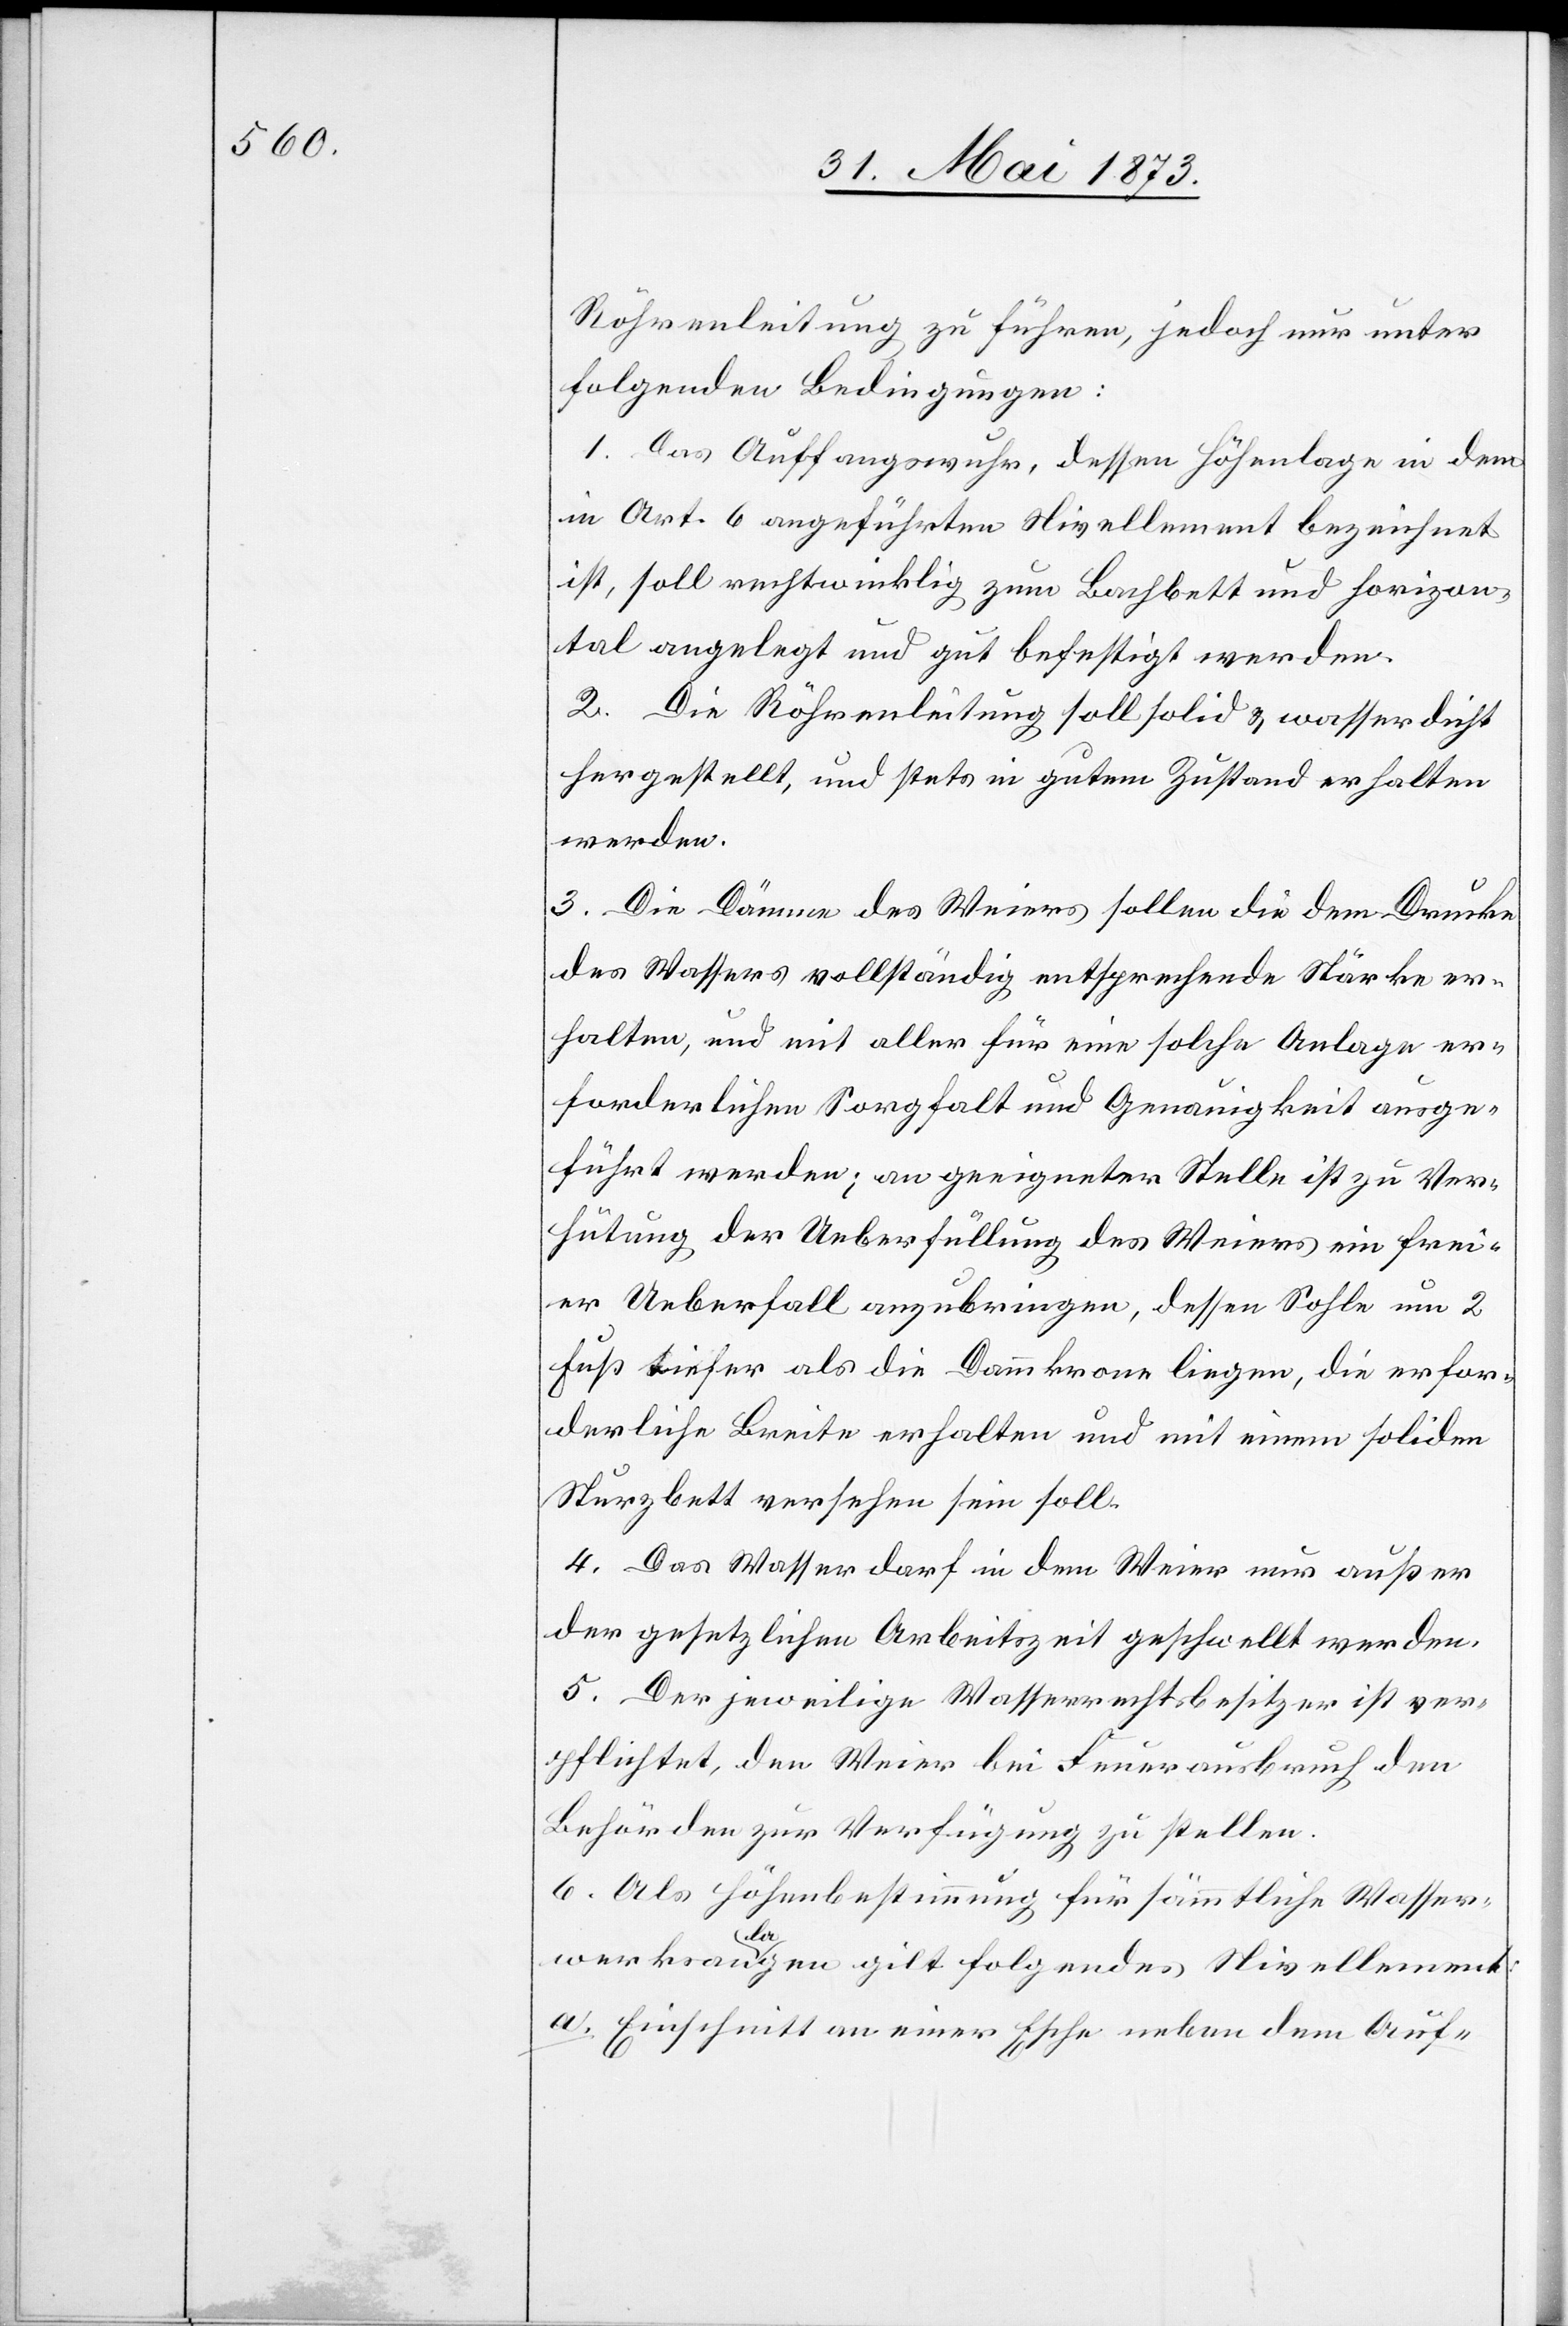
Röhrenleitung zu führen, jedoch nur unter
folgenden Bedingungen:
1. Das Auffangswuhr, dessen Höhenlage in dem
in Art. 6 angeführten Nivellement bezeichnet
ist, soll rechtwinklig zum Bachbett und horizon¬
tal angelegt und gut befestigt werden.
2. Die Röhrenleitung soll solid & wasserdicht
hergestellt, und stets in gutem Zustand erhalten
werden.
3. Die Dämme des Weiers sollen die dem Drucke
des Wassers vollständig entsprechende Stärke er¬
halten, und mit aller für eine solche Anlage er¬
forderlichen Sorgfalt und Genauigkeit ausge¬
führt werden; an geeigneter Stelle ist zu Ver¬
hütung der Ueberfüllung des Weiers ein frei¬
er Ueberfall anzubringen, dessen Sohle um 2
Fuß tiefer als die Dammkrone liegen, die erfor¬
derliche Breite erhalten und mit einem soliden
Sturzbett versehen sein soll.
4. Das Wasser darf in dem Weier nur außer
der gesetzlichen Arbeitszeit geschwellt werden.
5. Der jeweilige Wasserrechtsbesitzer ist ver¬
pflichtet, den Weier bei Feuerausbruch den
Behörden zur Verfügung zu stellen.
6. Als Höhenbestimmung für sämmtliche Wasser¬
werksanlagen gilt folgendes Nivellement:
Einschnitt an einer Esche neben dem Auf-